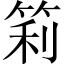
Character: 筣